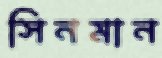
সিনমান